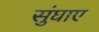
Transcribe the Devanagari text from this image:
सुंघाए